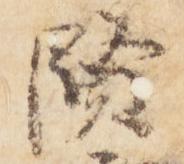
賢